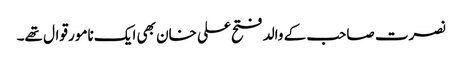
نصرت صاحب کے والد فتح علی خان بھی ایک نامور قوال تھے۔